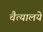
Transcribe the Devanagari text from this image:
चैत्यालये